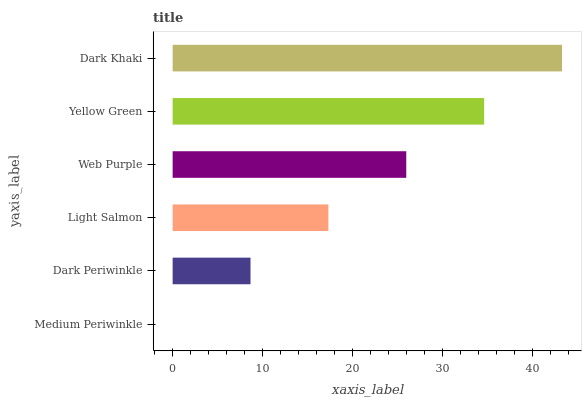
| yaxis_label | bars |
 | --- | --- |
 | Medium Periwinkle | 0 |
 | Dark Periwinkle | 8.66 |
 | Light Salmon | 17.3 |
 | Web Purple | 26 |
 | Yellow Green | 34.7 |
 | Dark Khaki | 43.3 |